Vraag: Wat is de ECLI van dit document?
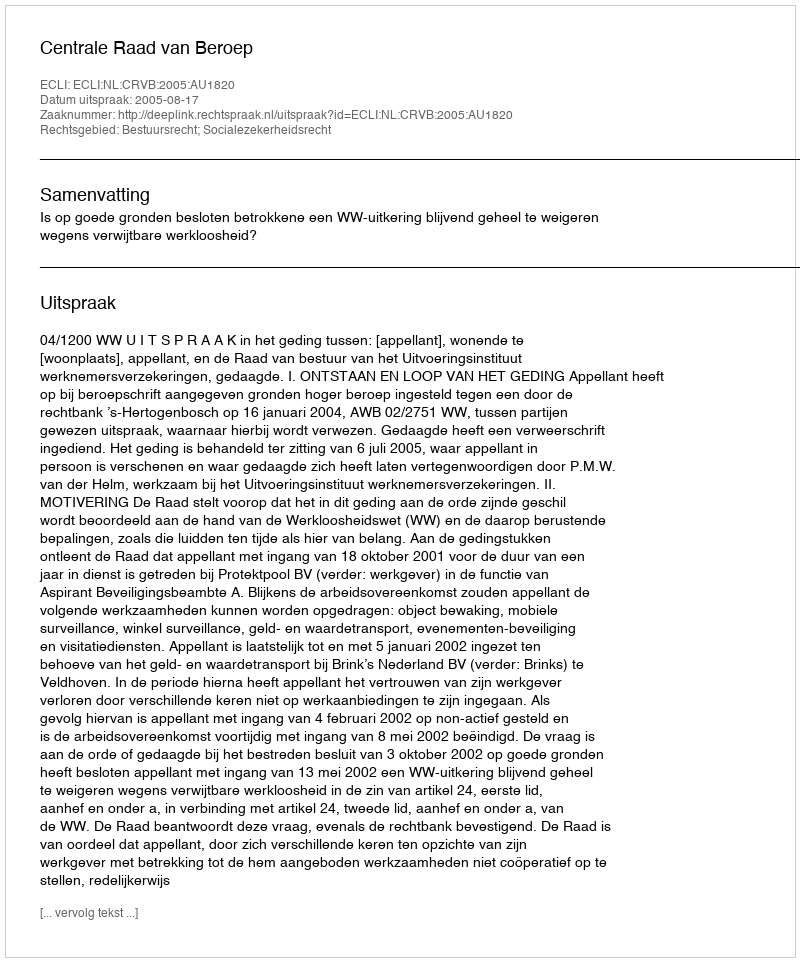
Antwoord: ECLI:NL:CRVB:2005:AU1820